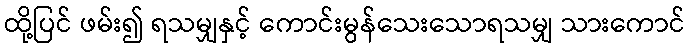
ထို့ပြင် ဖမ်း၍ ရသမျှနှင့် ကောင်းမွန်သေးသောရသမျှ သားကောင်